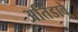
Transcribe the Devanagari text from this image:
अतिडावे